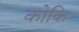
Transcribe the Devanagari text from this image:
कोकि